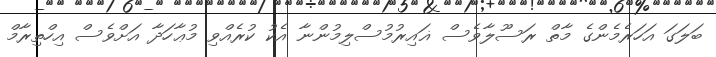
ބަލަގަ އަހަރެމެންގެ މާތް ރަސޫލާވެސް ޣައިރުމުސްލިމުންނާ އެކު ކުރެއްވި މުޢާހަދާ އަށްވެސް އިހްތިރާމް